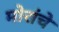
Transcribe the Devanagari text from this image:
मोरांचे